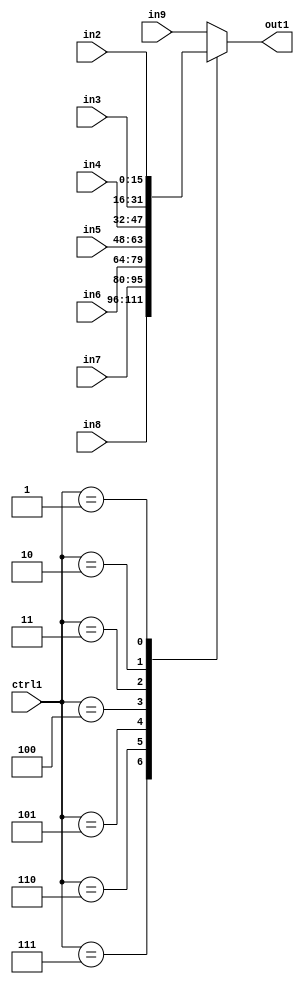
`timescale 1ps / 1ps
/*****************************************************************************
    Verilog RTL Description
    
    
    Created by: Stratus DpOpt 21.05.01 
*******************************************************************************/

module dut_N_Mux_16_8_22_1 (
	in9,
	in8,
	in7,
	in6,
	in5,
	in4,
	in3,
	in2,
	ctrl1,
	out1
	); /* architecture "behavioural" */ 
input [15:0] in9,
	in8,
	in7,
	in6,
	in5,
	in4,
	in3,
	in2;
input [2:0] ctrl1;
output [15:0] out1;
wire [15:0] asc001;

reg [15:0] asc001_tmp_0;
assign asc001 = asc001_tmp_0;
always @ (ctrl1 or in8 or in7 or in6 or in5 or in4 or in3 or in2 or in9) begin
	case (ctrl1)
		3'B111 : asc001_tmp_0 = in8 ;
		3'B110 : asc001_tmp_0 = in7 ;
		3'B101 : asc001_tmp_0 = in6 ;
		3'B100 : asc001_tmp_0 = in5 ;
		3'B011 : asc001_tmp_0 = in4 ;
		3'B010 : asc001_tmp_0 = in3 ;
		3'B001 : asc001_tmp_0 = in2 ;
		default : asc001_tmp_0 = in9 ;
	endcase
end

assign out1 = asc001;
endmodule

/* CADENCE  vbP3TA4= : u9/ySxbfrwZIxEzHVQQV8Q== ** DO NOT EDIT THIS LINE ******/